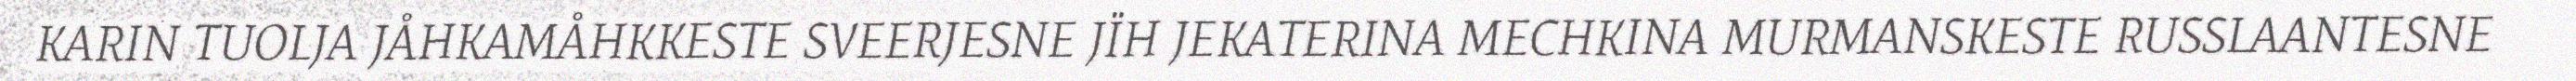
KARIN TUOLJA JÅHKAMÅHKKESTE SVEERJESNE JÏH JEKATERINA MECHKINA MURMANSKESTE RUSSLAANTESNE